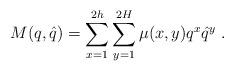
LaTeX: \begin{align*}M(q,\hat{q})=\sum_{x=1}^{2h}\sum_{y=1}^{2H}\mu (x,y)q^{x}\hat{q}^{y}\;.\end{align*}